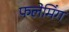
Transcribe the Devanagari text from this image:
फलेमिंग